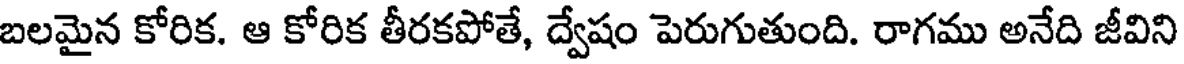
బలమైన కోరిక. ఆ కోరిక తీరకపోతే, ద్వేషం పెరుగుతుంది. రాగము అనేది జీవిని